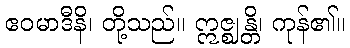
ဧဝမာဒီနိ၊ တို့သည်။ ဣဇ္ဈန္တိ၊ ကုန်၏။